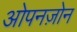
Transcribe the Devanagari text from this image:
ओपनज़ोन